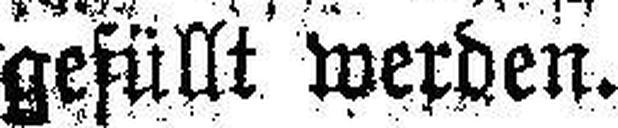
gefüllt werden.